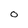
Character: O